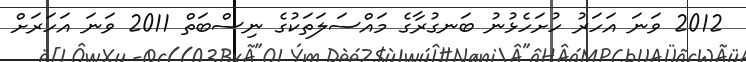
2012 ވަނަ އަހަރު ހުށަހެޅުނު ބަނގުރާގެ މައްސަލަތަކުގެ ނިސްބަތް 2011 ވަނަ އަހަރަށް